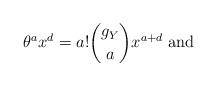
LaTeX: \begin{align*}\theta^{a}x^{d}=a!\binom{g_{Y}}{a}x^{a+d} \mbox{ and}\end{align*}